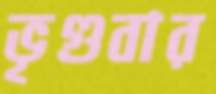
ভৃগুবার